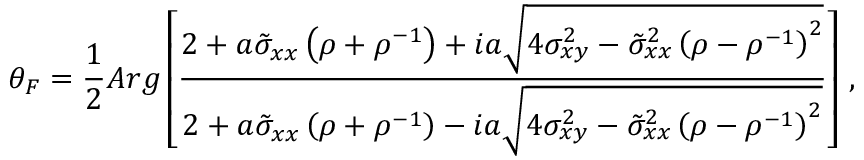
\theta _ { F } = \frac { 1 } { 2 } A r g \left[ \frac { 2 + a \tilde { \sigma } _ { x x } \left( \rho + \rho ^ { - 1 } \right) + i a \sqrt { 4 \sigma _ { x y } ^ { 2 } - \tilde { \sigma } _ { x x } ^ { 2 } \left( \rho - \rho ^ { - 1 } \right) ^ { 2 } } } { 2 + a \tilde { \sigma } _ { x x } \left( \rho + \rho ^ { - 1 } \right) - i a \sqrt { 4 \sigma _ { x y } ^ { 2 } - \tilde { \sigma } _ { x x } ^ { 2 } \left( \rho - \rho ^ { - 1 } \right) ^ { 2 } } } \right] \, ,